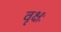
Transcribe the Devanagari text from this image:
वृक्षः